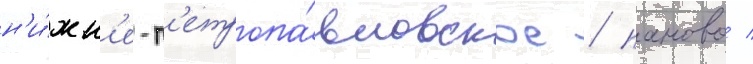
н'и́жн'е-п'етропа́вловское / паново /